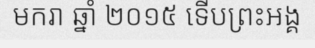
មករា ឆ្នាំ ២០១៥ ទើបព្រះអង្គ